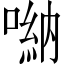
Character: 𠺶